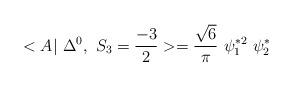
LaTeX: \begin{align*}<A|~\Delta^{0},~ S_3=\frac{-3}{2} >= \frac{\sqrt{6}}{\pi} ~\psi_1^{*2}~ \psi_2^*\end{align*}